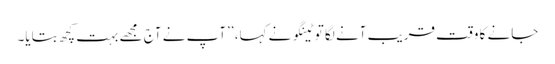
جانے کا وقت قریب آنے لگا توٹینگو نے کہا، ’’آپ نے آج مجھے بہت کچھ بتایا۔